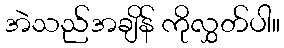
အဲသည်အချိန် ကိုလွှတ်ပါ။